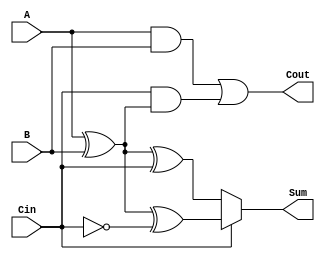
module ConditionalSumFullAdder (
    input wire A,       // First binary input
    input wire B,       // Second binary input
    input wire Cin,     // Carry-in input
    output wire Sum,    // Sum output
    output wire Cout    // Carry-out output
);

    // Intermediate sums
    wire S0;           // Sum without carry-in
    wire S1;           // Sum with carry-in

    // Compute S0: A XOR B XOR Cin
    assign S0 = A ^ B ^ Cin;

    // Compute S1: A XOR B XOR ~Cin
    assign S1 = A ^ B ^ ~Cin;

    // Generate carry-out Cout
    assign Cout = (A & B) | (Cin & (A ^ B));

    // Final Sum selection based on Cin
    assign Sum = (Cin) ? S1 : S0;

endmodule